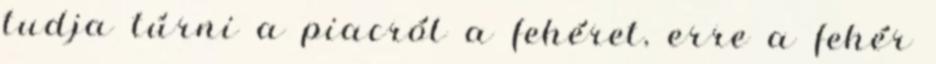
tudja túrni a piacról a fehéret, erre a fehér